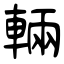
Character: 輛